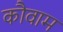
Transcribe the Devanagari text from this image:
कौवाम